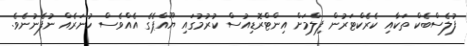
ފުލެސްބެކް ތަކާއި ކެރެކްޓަރުން ފިލްމަށް އިންޓްރޮޑިއުސް ކުރުމުގައި ޔޫއްޕެގެ އެއްވެސް ހުނަރެއް ނުފެނުނެވެ.